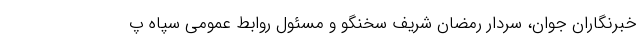
خبرنگاران جوان، سردار رمضان شریف سخنگو و مسئول روابط عمومی سپاه پ